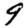
Digit: 9